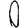
Digit: 0